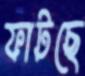
ফাটছে